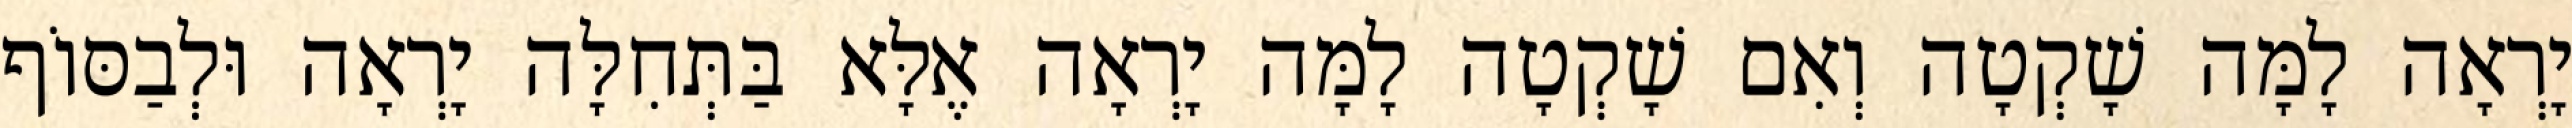
יָרְאָה לָמָּה שָׁקְטָה וְאִם שָׁקְטָה לָמָּה יָרְאָה אֶלָּא בַּתְּחִלָּה יָרְאָה וּלְבַסּוֹף